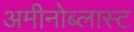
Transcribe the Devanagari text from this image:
अमीनोब्लास्ट